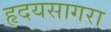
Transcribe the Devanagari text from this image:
हृदयसागरा